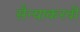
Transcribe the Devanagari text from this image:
सैन्याकरवी